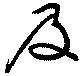
及